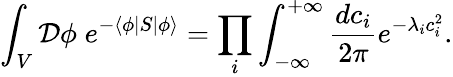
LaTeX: \int_{V}{\mathcal{D}}\phi\; e^{-\langle\phi|S|\phi\rangle}=\prod_{i}\int_{-\infty}^{+\infty}{\frac{dc_{i}}{2\pi}}e^{-\lambda_{i}c_{i}^{2}}.